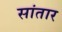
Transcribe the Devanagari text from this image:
सांतार